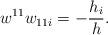
LaTeX: \begin{align*}w^{11}w_{11i}=-\frac{h_{i}}{h}.\end{align*}